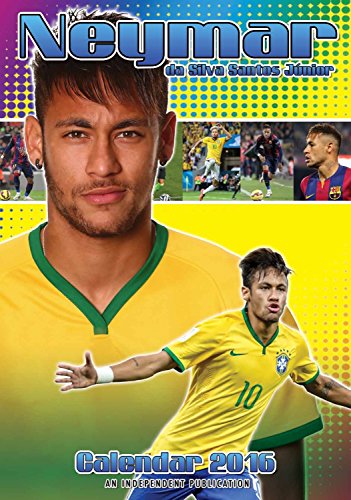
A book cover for Neymar da Silva Sontos Jr Wall Calendar - 2016 Wall Calendars - Celebrity Calendars - Soccer Calendars - Poster Wall Calendars - Monthly Wall Calendars by Dream International; MegaCalendars; Calendars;